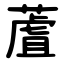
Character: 蔖